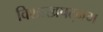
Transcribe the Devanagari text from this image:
विशाखपट्‌नम